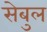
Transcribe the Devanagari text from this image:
सेबुल